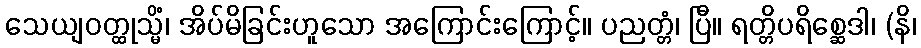
သေယျဝတ္ထုသ္မိံ၊ အိပ်မိခြင်းဟူသော အကြောင်းကြောင့်။ ပညတ္တံ၊ ပြီ။ ရတ္တိပရိစ္ဆေဒါ၊ (နိ၊